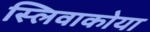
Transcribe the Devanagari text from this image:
स्लिवाकोया